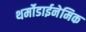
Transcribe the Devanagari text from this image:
थर्मोडाईनेमिक